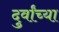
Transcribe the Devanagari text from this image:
दुर्वांच्या